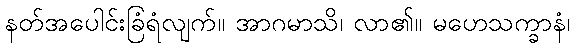
နတ်အပေါင်းခြံရံလျက်။ အာဂမာသိ၊ လာ၏။ မဟေသက္ခာနံ၊